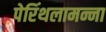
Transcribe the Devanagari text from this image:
पेरिंथलामन्ना